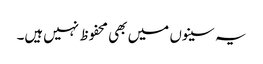
یہ سینوں میں بھی محفوظ نہیں‌ہیں۔